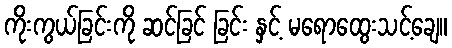
ကိုးကွယ်ခြင်းကို ဆင်ခြင် ခြင်း နှင့် မရောထွေးသင့်ချေ။